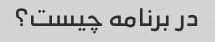
در برنامه چیست؟